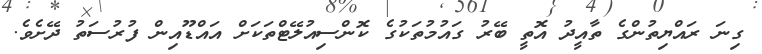
ގިނަ ރައްޔިތުންގެ ތާއީދު އޮތީ ބޭރު ގައުމުތަކުގެ ކޮންސިއުލޭޓްތަކަށް އައްޑޫއިން ފުރުސަތު ދޭށެވެ.